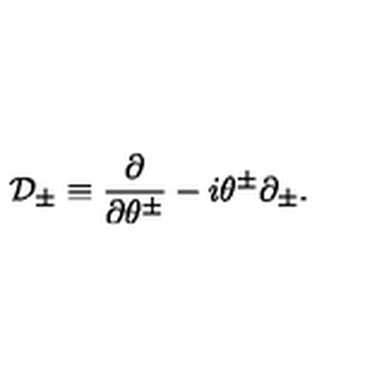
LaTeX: \mathcal { D } _ { \pm } \equiv \frac { \partial } { \partial \theta ^ { \pm } } - i \theta ^ { \pm } \partial _ { \pm } .